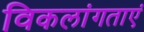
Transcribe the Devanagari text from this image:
विकलांगताएं